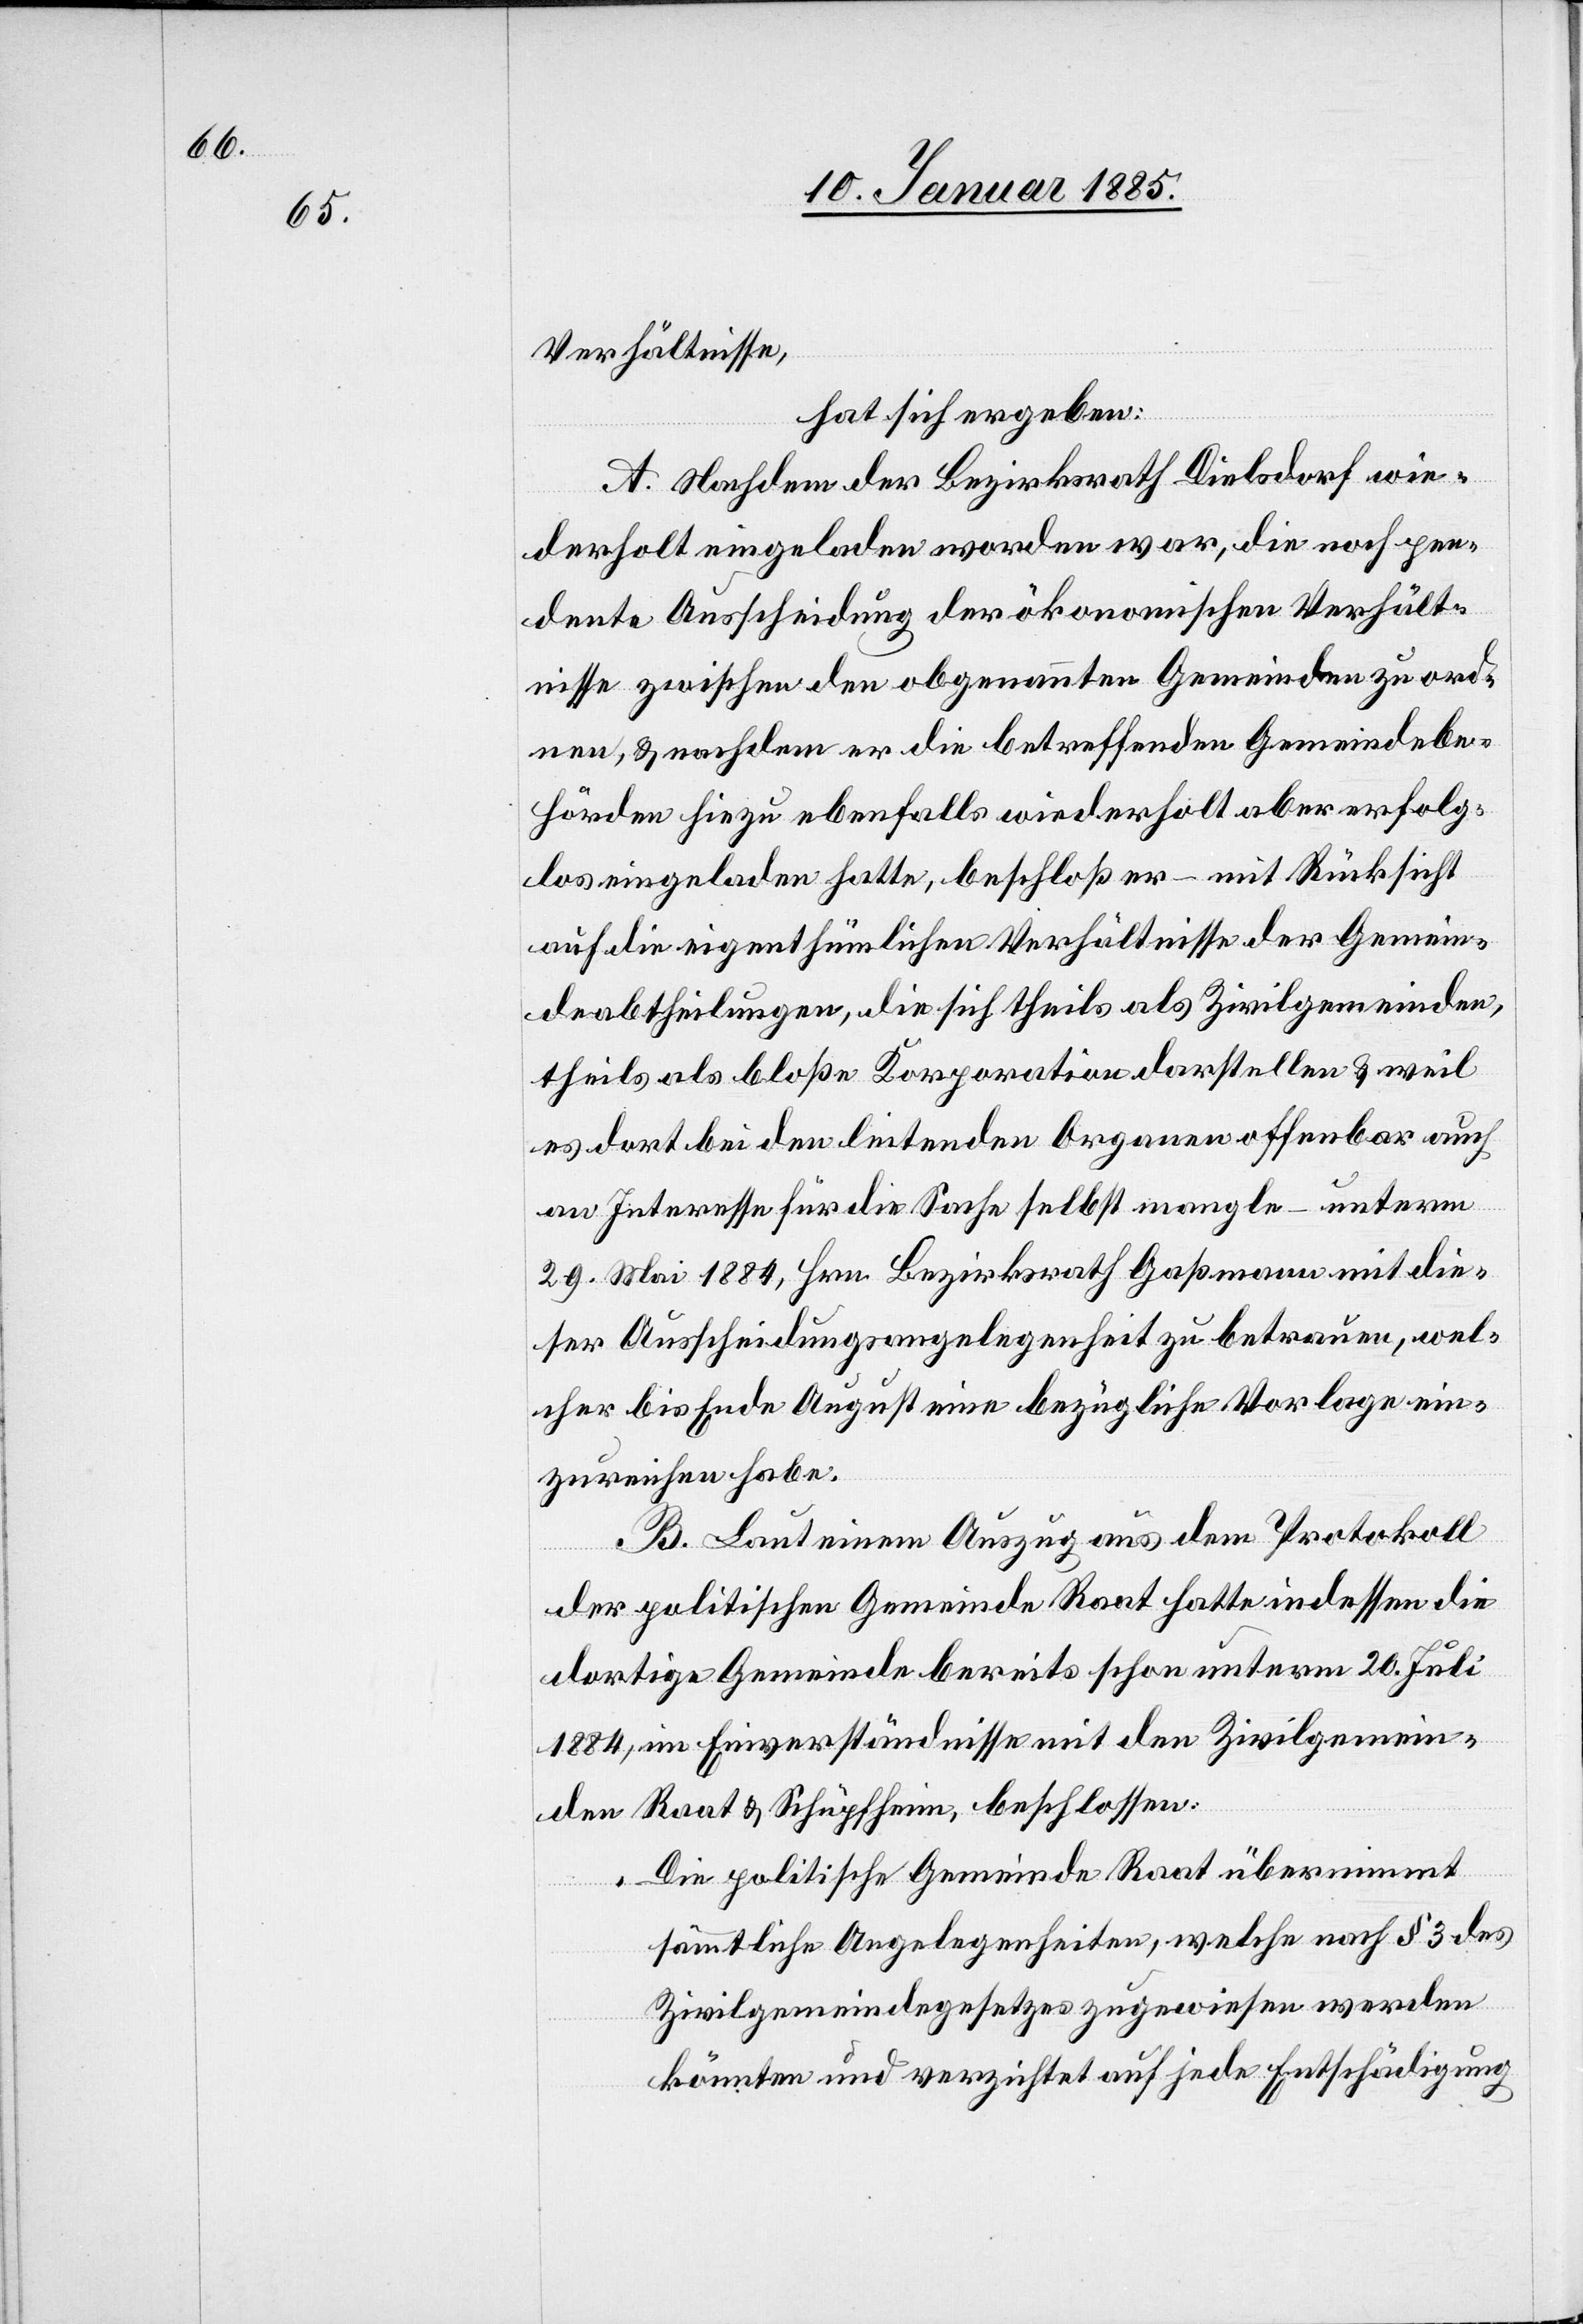
Verhältnisse,
hat sich ergeben:
A. Nachdem der Bezirksrath Dielsdorf wie¬
derholt eingeladen worden war, die noch pen¬
dente Ausscheidung der ökonomischen Verhält¬
nisse zwischen den obgenannten Gemeinden zu ord¬
nen, & nachdem er die betreffenden Gemeindebe¬
hörden hiezu ebenfalls wiederholt aber erfolg¬
los eingeladen hatte, beschloß er – mit Rücksicht
auf die eigenthümlichen Verhältnisse der Gemein¬
deabtheilungen, die sich theils als Zivilgemeinden,
theils als bloße Korporation darstellen & weil
es dort bei den leitenden Organen offenbar auch
an Interesse für die Sache selbst mangle – unterm
29. Mai 1884, Hrn. Bezirksrath Gaßmann mit die¬
ser Ausscheidungsangelegenheit zu betrauen, wel¬
cher bis Ende August eine bezügliche Vorlage ein¬
zureichen habe.
B. Laut einem Auszug aus dem Protokoll
der politischen Gemeinde Raat hatte indessen die
dortige Gemeinde bereits schon unterm 26. Juli
1884, im Einverständnisse mit den Zivilgemein¬
den Raat & Schüpfheim, beschlossen:
„Die politische Gemeinde Raat übernimmt
sämmtliche Angelegenheiten, welche nach § 3 des
Zivilgemeindegesetzes zugewiesen werden
könnten und verzichtet auf jede Entschädigung